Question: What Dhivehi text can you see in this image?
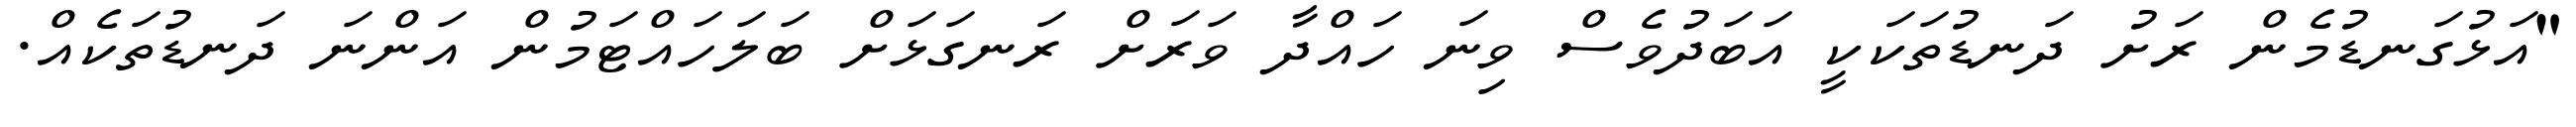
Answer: "އަޅުގަނޑުމެން ރަށު ދަނޑުތަކަކީ އަބަދުވެސް ވިނަ ހައްދާ ވަރަށް ރަނގަޅަށް ބަލަހައްޓަމުން އަންނަ ދަނޑުތަކެއް.